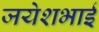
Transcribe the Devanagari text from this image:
जयेशभाई